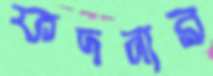
ফদনার